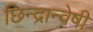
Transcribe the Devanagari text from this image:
छिन्‍द्रान्‍वेषी